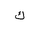
Letter: _kaf